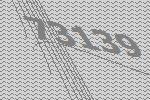
73139